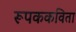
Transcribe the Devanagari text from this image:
रूपककविता